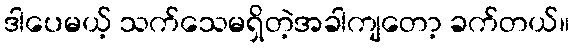
ဒါပေမယ့် သက်သေမရှိတဲ့အခါကျတော့ ခက်တယ်။